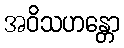
အဝိသဟန္တော